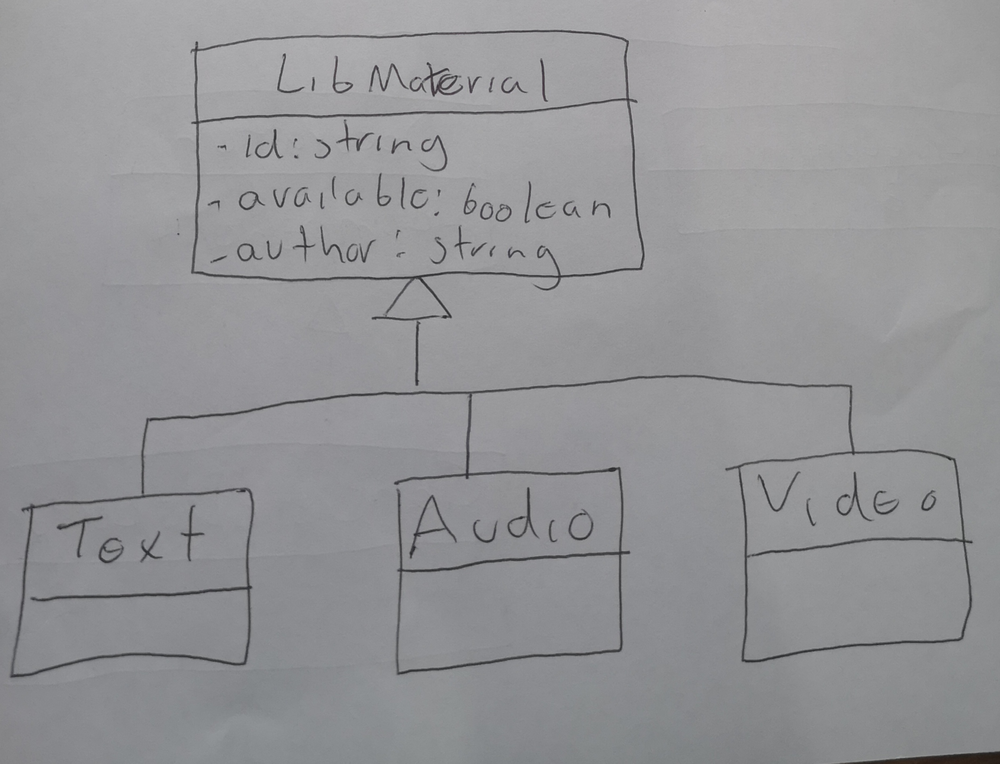
Diagram type: class_diagram
```plantuml
@startuml

skinParam groupInheritance 3

class LibMaterial {
  - id: string
  - available: boolean
  - author: string
}

class Text extends LibMaterial
class Audio extends LibMaterial
class Video extends LibMaterial

@enduml
```